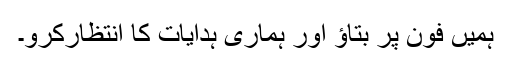
ہمیں فون پر بتاؤ اور ہماری ہدایات کا انتظارکرو۔